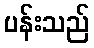
ပန်းသည်